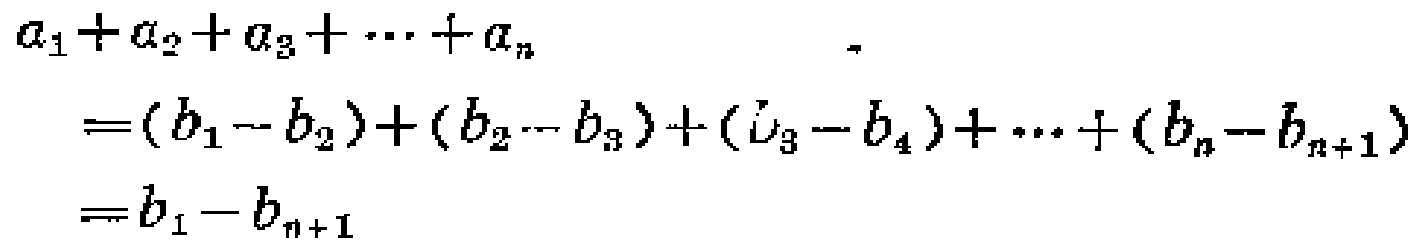
\[
\begin{align*}
a_{1}+a_{2}+a_{3}+\cdots +a_{n}&=(b_{1}-b_{2})+(b_{2}-b_{3})+(b_{3}-b_{4})+\cdots +(b_{n}-b_{n + 1})\\
&=b_{1}-b_{n+1}
\end{align*}
\]